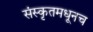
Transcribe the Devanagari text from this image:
संस्कृतमधूनच